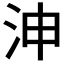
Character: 𣳑